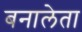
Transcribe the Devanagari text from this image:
बनालेता